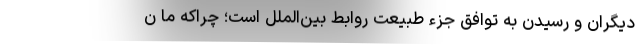
دیگران و رسیدن به توافق جزء طبیعت روابط بین‌الملل است؛ چراکه ما ن